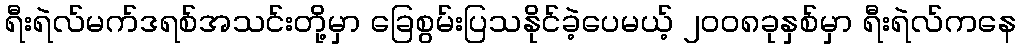
ရီးရဲလ်မက်ဒရစ်အသင်းတို့မှာ ခြေစွမ်းပြသနိုင်ခဲ့ပေမယ့် ၂၀၀၈ခုနှစ်မှာ ရီးရဲလ်ကနေ